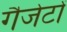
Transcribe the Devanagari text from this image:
गैजेटों